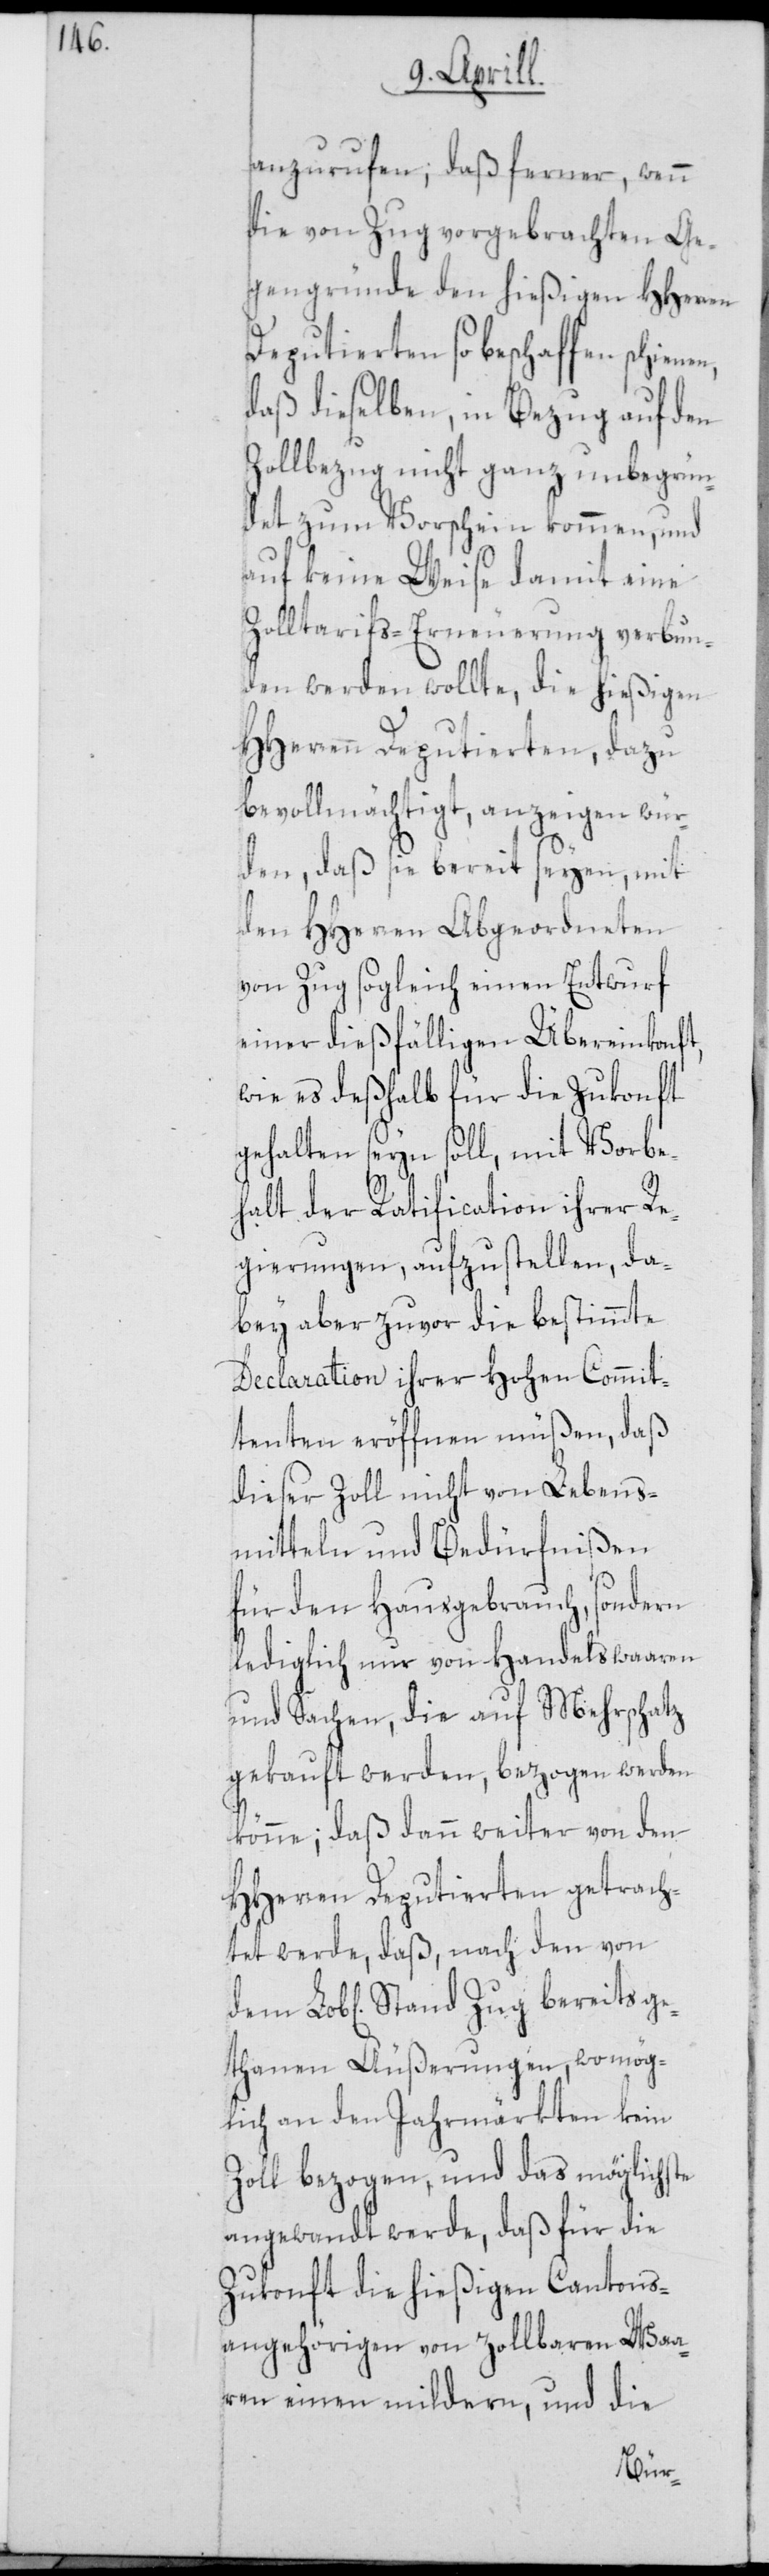
anzurufen; daß ferner, wenn
die von Zug vorgebrachten Ge¬
gengründe den hießigen HHerren
Deputierten so beschaffen
daß dieselben, in Bezug auf den
Zollbezug nicht ganz unbegrün¬
det zum Vorschein kommen, und
auf keine Weise damit eine
Zolltarifs-Erneuerung verbun¬
den werden wollte, die hießigen
HHerren Deputierten, dazu
bevollmächtigt, anzeigen wür¬
den, daß sie bereit seyen, mit
den HHerren Abgeordneten
von Zug sogleich einen Entwurf
einer dießfälligen Übereinkonft,
wie es deßhalb für die Zukonft
gehalten seyn soll, mit Vorbe¬
halt der Ratification ihrer Re¬
gierungen, aufzustellen, da¬
bey aber zuvor die bestimmte
Declaration ihrer Hohen Commit¬
tenten eröffnen müßen, daß
dieser Zoll nicht von Lebens¬
mitteln und Bedürfnißen
für den Hausgebrauch, sondern
lediglich nur von Handelswaaren
und Sachen, die auf Mehrschatz
gekauft werden, bezogen werden
könne; daß dann weiter von den
HHerren Deputierten getrach¬
tet werde, daß, nach den von
gethanen Äußerungen, womög¬
lich an den Jahrmärkten kein
Zoll bezogen, und das möglichste
angewandt werde, daß für die
Zukonft die hießigen Cantons¬
angehörigen von zollbaren Waa¬
ren einen mildern, und die